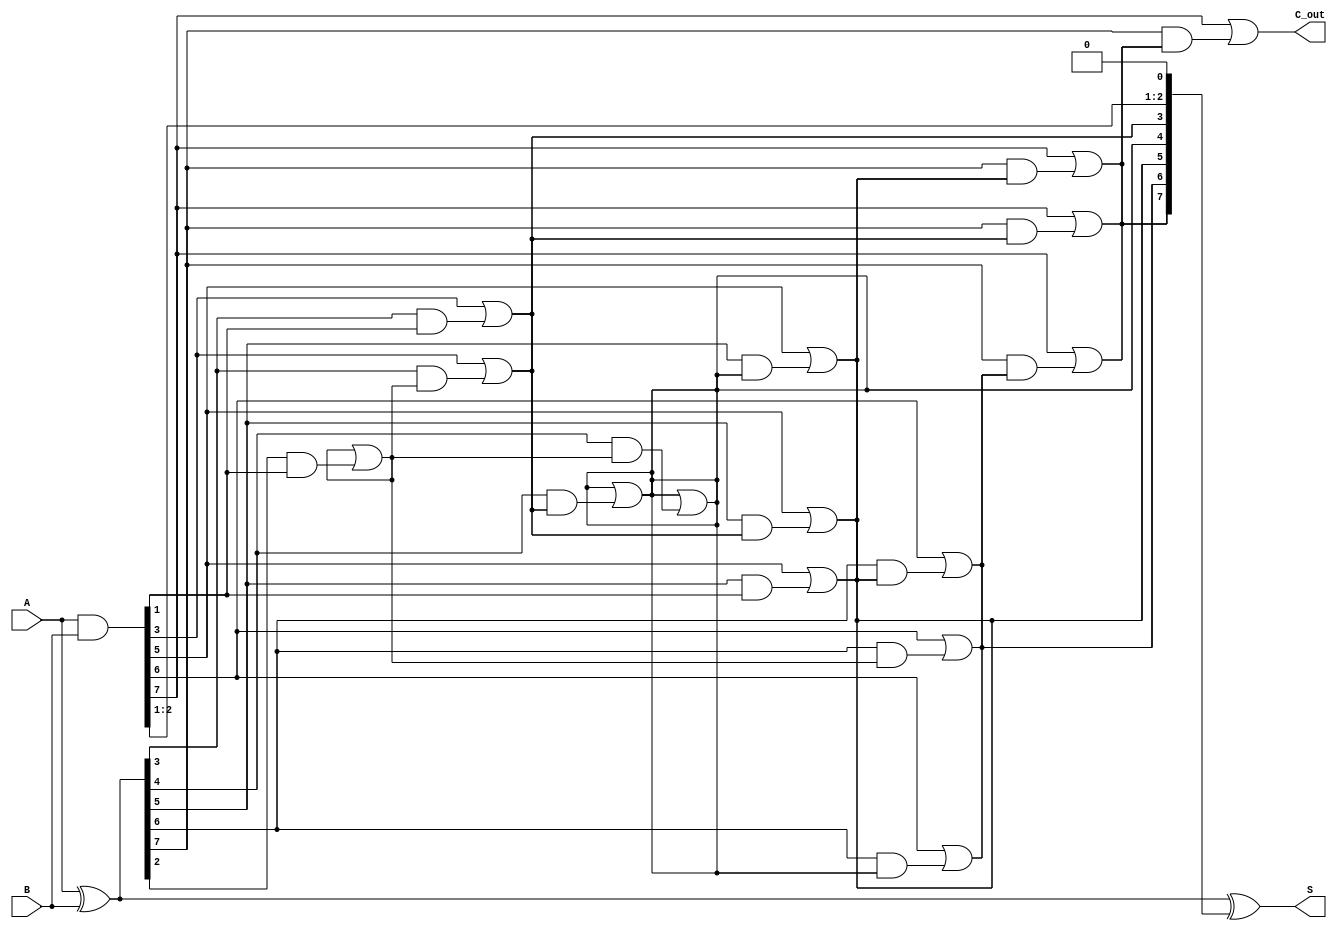
module KoggeStoneAdder #(parameter N = 8) (
    input  [N-1:0] A,
    input  [N-1:0] B,
    output [N-1:0] S,
    output         C_out
);

    // Generate and Propagate signals
    wire [N-1:0] G; // Generate
    wire [N-1:0] P; // Propagate
    wire [N-1:0] C; // Carry

    // Compute Generate and Propagate signals
    assign G = A & B;
    assign P = A ^ B;

    // Stage 0: Initial carries
    assign C[0] = 1'b0; // No carry-in for the least significant bit

    // Compute carries using the Kogge-Stone algorithm
    genvar i, k;
    generate
        // Compute carries for each stage
        for (k = 0; k < $clog2(N); k = k + 1) begin : carry_stage
            for (i = 0; i < N; i = i + 1) begin : carry_compute
                if (i >= (1 << k)) begin
                    assign C[i] = G[i] | (P[i] & C[i - (1 << k)]);
                end else begin
                    assign C[i] = C[i]; // Carry remains the same
                end
            end
        end
    endgenerate

    // Final carry-out
    assign C_out = G[N-1] | (P[N-1] & C[N-1]);

    // Compute sum bits
    assign S = P ^ C;

endmodule